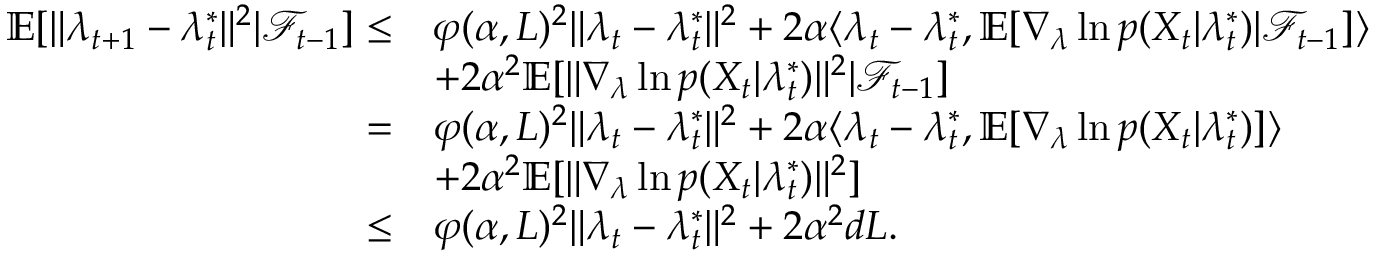
\begin{array} { r l } { \mathbb { E } [ \| \lambda _ { t + 1 } - \lambda _ { t } ^ { * } \| ^ { 2 } | \mathcal { F } _ { t - 1 } ] \leq } & { \varphi ( \alpha , L ) ^ { 2 } \| \lambda _ { t } - \lambda _ { t } ^ { * } \| ^ { 2 } + 2 \alpha \langle \lambda _ { t } - \lambda _ { t } ^ { * } , \mathbb { E } [ \nabla _ { \lambda } \ln p ( X _ { t } | \lambda _ { t } ^ { * } ) | \mathcal { F } _ { t - 1 } ] \rangle } \\ & { + 2 \alpha ^ { 2 } \mathbb { E } [ \| \nabla _ { \lambda } \ln p ( X _ { t } | \lambda _ { t } ^ { * } ) \| ^ { 2 } | \mathcal { F } _ { t - 1 } ] } \\ { = } & { \varphi ( \alpha , L ) ^ { 2 } \| \lambda _ { t } - \lambda _ { t } ^ { * } \| ^ { 2 } + 2 \alpha \langle \lambda _ { t } - \lambda _ { t } ^ { * } , \mathbb { E } [ \nabla _ { \lambda } \ln p ( X _ { t } | \lambda _ { t } ^ { * } ) ] \rangle } \\ & { + 2 \alpha ^ { 2 } \mathbb { E } [ \| \nabla _ { \lambda } \ln p ( X _ { t } | \lambda _ { t } ^ { * } ) \| ^ { 2 } ] } \\ { \leq } & { \varphi ( \alpha , L ) ^ { 2 } \| \lambda _ { t } - \lambda _ { t } ^ { * } \| ^ { 2 } + 2 \alpha ^ { 2 } d L . } \end{array}